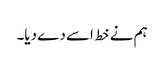
ہم نے خط اسے دے دیا۔